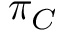
\pi _ { C }